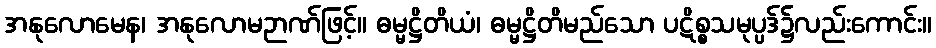
အနုလောမေန၊ အနုလောမဉာဏ်ဖြင့်။ ဓမ္မဋ္ဌိတိယံ၊ ဓမ္မဋ္ဌိတိမည်သော ပဋိစ္စသမုပ္ပဒ်၌လည်းကောင်း။